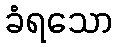
ခံရသော